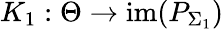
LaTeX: K_{1}:\Theta\to\mathrm{im}(P_{\Sigma_{1}})